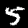
Digit: 5